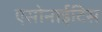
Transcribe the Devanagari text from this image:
एसोनाईटिस